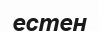
естен